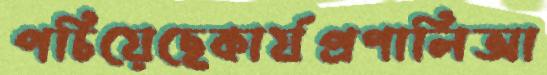
পচিয়েছেকার্যপ্রণালিআ